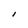
Character: I